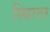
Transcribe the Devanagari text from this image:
स्थिरतर